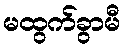
မထွက်ခွာမီ